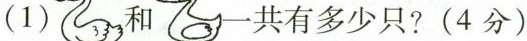
（1） 和 共有多少只？(4分)